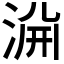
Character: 𱦺